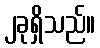
၂ခုရှိသည်။